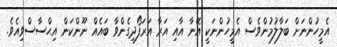
އެމީހުންނަށް ބަލާލުމުންވެސް އެމީހުންނަކީ އޭނާ އާއި އަރާ އަރަފޯދިގެންވާ ބައެއް ނޫންކަން އިޙްސާސްވިއެވެ.